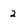
Character: 2